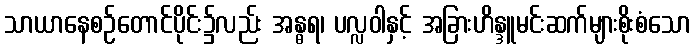
သာယာနေစဉ်တောင်ပိုင်း၌လည်း အန္ဓရ၊ ပလ္လဝါနှင့် အခြားဟိန္ဒူမင်းဆက်များစိုးစံသော